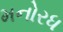
મનોરધ